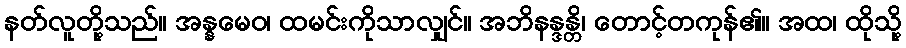
နတ်လူတို့သည်။ အန္နမေဝ၊ ထမင်းကိုသာလျှင်။ အဘိနန္ဒန္တိ၊ တောင့်တကုန်၏။ အထ၊ ထိုသို့